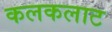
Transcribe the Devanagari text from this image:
कलकलाट